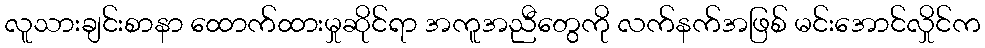
လူသားချင်းစာနာ ထောက်ထားမှုဆိုင်ရာ အကူအညီတွေကို လက်နက်အဖြစ် မင်းအောင်လှိုင်က